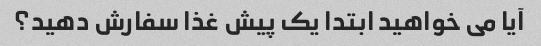
آیا می خواهید ابتدا یک پیش غذا سفارش دهید؟